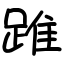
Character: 踓